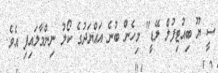
ސީ ޔޫ ބިއުޓިފުލް ލޭޑީ" މިހެން ބުނެ އައްޔަދުގެ ކޯލު ނިންމާލައިފި އެވެ.